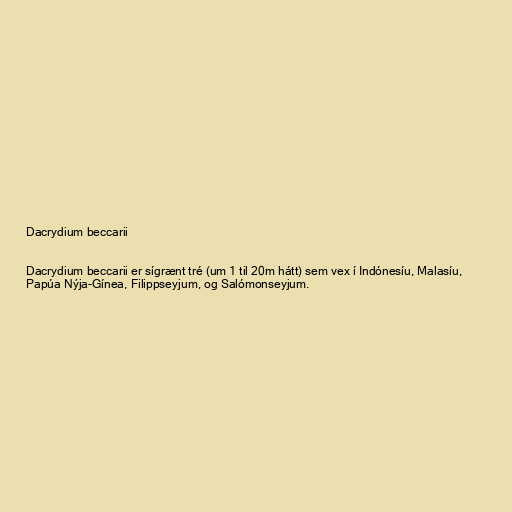
Dacrydium beccarii

Dacrydium beccarii er sígrænt tré (um 1 til 20m hátt) sem vex í Indónesíu, Malasíu,
Papúa Nýja-Gínea, Filippseyjum, og Salómonseyjum.